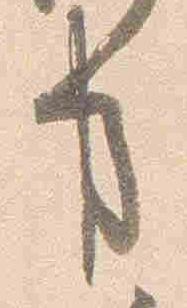
事